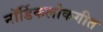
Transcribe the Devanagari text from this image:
नॉर्डिकलोकगीत